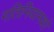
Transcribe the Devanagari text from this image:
गतिनियामकों